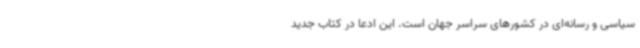
سیاسی و رسانه‌ای در کشورهای سراسر جهان است. این ادعا در کتاب جدید